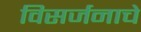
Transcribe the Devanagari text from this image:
विसर्जनाचे